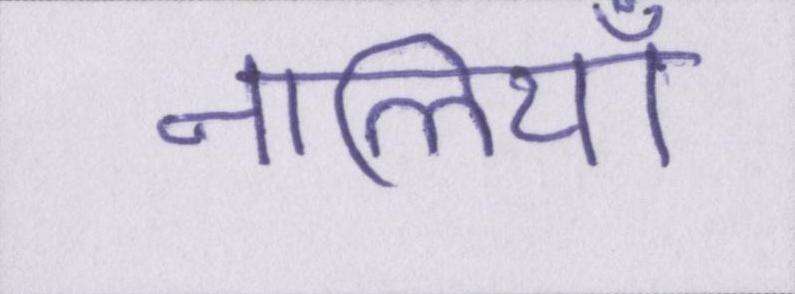
नालियाँ